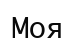
Моя